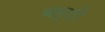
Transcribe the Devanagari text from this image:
बर्टो